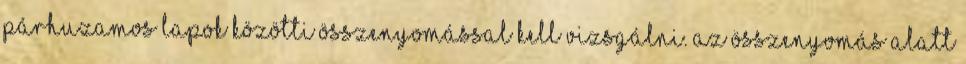
párhuzamos lapok közötti összenyomással kell vizsgálni. Az összenyomás alatt